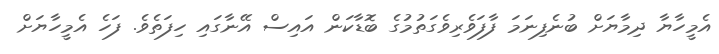
އެމީހާޔާ ދިމާޔަށް ބުނެފިނަމަ ފާފަވެރިވެގަތުމުގެ ބޮޑާކަން އައިސް އޭނާގައި ހިފަތެވެ. ފަހެ އެމީހާޔަށް